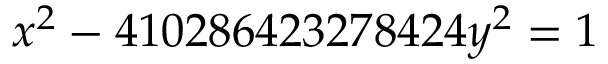
x ^ { 2 } - 4 1 0 2 8 6 4 2 3 2 7 8 4 2 4 y ^ { 2 } = 1